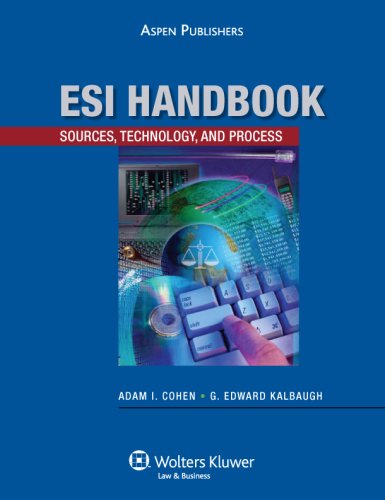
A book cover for ESI Handbook: Sources, Technology and Process; Adam I. Cohen; Law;